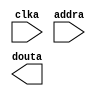
module cx4_datrom(
  clka,
  addra,
  douta
);

input clka;
input [9 : 0] addra;
output [23 : 0] douta;

// synthesis translate_off

  BLK_MEM_GEN_V6_2 #(
    .C_ADDRA_WIDTH(10),
    .C_ADDRB_WIDTH(10),
    .C_ALGORITHM(1),
    .C_AXI_ID_WIDTH(4),
    .C_AXI_SLAVE_TYPE(0),
    .C_AXI_TYPE(1),
    .C_BYTE_SIZE(9),
    .C_COMMON_CLK(0),
    .C_DEFAULT_DATA("0"),
    .C_DISABLE_WARN_BHV_COLL(0),
    .C_DISABLE_WARN_BHV_RANGE(0),
    .C_FAMILY("spartan3"),
    .C_HAS_AXI_ID(0),
    .C_HAS_ENA(0),
    .C_HAS_ENB(0),
    .C_HAS_INJECTERR(0),
    .C_HAS_MEM_OUTPUT_REGS_A(0),
    .C_HAS_MEM_OUTPUT_REGS_B(0),
    .C_HAS_MUX_OUTPUT_REGS_A(0),
    .C_HAS_MUX_OUTPUT_REGS_B(0),
    .C_HAS_REGCEA(0),
    .C_HAS_REGCEB(0),
    .C_HAS_RSTA(0),
    .C_HAS_RSTB(0),
    .C_HAS_SOFTECC_INPUT_REGS_A(0),
    .C_HAS_SOFTECC_OUTPUT_REGS_B(0),
    .C_INIT_FILE_NAME("cx4_datrom.mif"),
    .C_INITA_VAL("0"),
    .C_INITB_VAL("0"),
    .C_INTERFACE_TYPE(0),
    .C_LOAD_INIT_FILE(1),
    .C_MEM_TYPE(3),
    .C_MUX_PIPELINE_STAGES(0),
    .C_PRIM_TYPE(1),
    .C_READ_DEPTH_A(1024),
    .C_READ_DEPTH_B(1024),
    .C_READ_WIDTH_A(24),
    .C_READ_WIDTH_B(24),
    .C_RST_PRIORITY_A("CE"),
    .C_RST_PRIORITY_B("CE"),
    .C_RST_TYPE("SYNC"),
    .C_RSTRAM_A(0),
    .C_RSTRAM_B(0),
    .C_SIM_COLLISION_CHECK("ALL"),
    .C_USE_BYTE_WEA(0),
    .C_USE_BYTE_WEB(0),
    .C_USE_DEFAULT_DATA(0),
    .C_USE_ECC(0),
    .C_USE_SOFTECC(0),
    .C_WEA_WIDTH(1),
    .C_WEB_WIDTH(1),
    .C_WRITE_DEPTH_A(1024),
    .C_WRITE_DEPTH_B(1024),
    .C_WRITE_MODE_A("WRITE_FIRST"),
    .C_WRITE_MODE_B("WRITE_FIRST"),
    .C_WRITE_WIDTH_A(24),
    .C_WRITE_WIDTH_B(24),
    .C_XDEVICEFAMILY("spartan3")
  )
  inst (
    .CLKA(clka),
    .ADDRA(addra),
    .DOUTA(douta),
    .RSTA(),
    .ENA(),
    .REGCEA(),
    .WEA(),
    .DINA(),
    .CLKB(),
    .RSTB(),
    .ENB(),
    .REGCEB(),
    .WEB(),
    .ADDRB(),
    .DINB(),
    .DOUTB(),
    .INJECTSBITERR(),
    .INJECTDBITERR(),
    .SBITERR(),
    .DBITERR(),
    .RDADDRECC(),
    .S_ACLK(),
    .S_ARESETN(),
    .S_AXI_AWID(),
    .S_AXI_AWADDR(),
    .S_AXI_AWLEN(),
    .S_AXI_AWSIZE(),
    .S_AXI_AWBURST(),
    .S_AXI_AWVALID(),
    .S_AXI_AWREADY(),
    .S_AXI_WDATA(),
    .S_AXI_WSTRB(),
    .S_AXI_WLAST(),
    .S_AXI_WVALID(),
    .S_AXI_WREADY(),
    .S_AXI_BID(),
    .S_AXI_BRESP(),
    .S_AXI_BVALID(),
    .S_AXI_BREADY(),
    .S_AXI_ARID(),
    .S_AXI_ARADDR(),
    .S_AXI_ARLEN(),
    .S_AXI_ARSIZE(),
    .S_AXI_ARBURST(),
    .S_AXI_ARVALID(),
    .S_AXI_ARREADY(),
    .S_AXI_RID(),
    .S_AXI_RDATA(),
    .S_AXI_RRESP(),
    .S_AXI_RLAST(),
    .S_AXI_RVALID(),
    .S_AXI_RREADY(),
    .S_AXI_INJECTSBITERR(),
    .S_AXI_INJECTDBITERR(),
    .S_AXI_SBITERR(),
    .S_AXI_DBITERR(),
    .S_AXI_RDADDRECC()
  );

// synthesis translate_on

endmodule